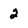
Character: 2